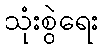
သုံးစွဲရေး